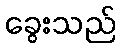
ခွေးသည်